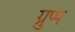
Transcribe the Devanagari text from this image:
ग्रुप्प